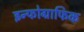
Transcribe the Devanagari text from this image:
इन्फोग्राफिक